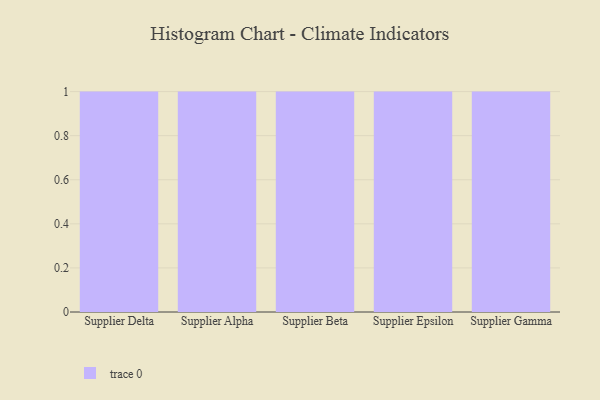
{"axis": {"x": "Supplier", "y": "Operating Costs (USD K)"}, "legend": [""], "data": [{"x": "Supplier Delta", "y": 75, "type": ""}, {"x": "Supplier Alpha", "y": 11, "type": ""}, {"x": "Supplier Beta", "y": 45, "type": ""}, {"x": "Supplier Epsilon", "y": 6, "type": ""}, {"x": "Supplier Gamma", "y": 86, "type": ""}]}